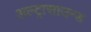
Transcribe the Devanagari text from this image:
अल्ट्रासाउन्ड